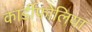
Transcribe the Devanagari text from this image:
कार्डीफोलिया